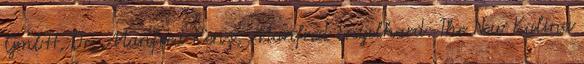
GmbH, Dr. Manfred Renz, Manfred Engelhard: The New Kalina